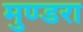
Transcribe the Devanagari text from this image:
मुण्डरा